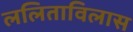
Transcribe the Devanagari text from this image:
ललिताविलास